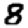
Digit: 8